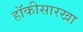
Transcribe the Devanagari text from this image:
हॉकीसारखा